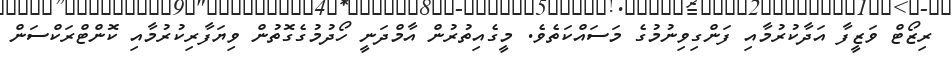
ރިޒޯޓް ވަޒީފާ އަދާކުރުމާއި ފަންގިވިނުމުގެ މަސައްކަތެވެ. މީގެއިތުރުން އާމްދަނީ ހޯދުމުގެގޮތުން ވިޔަފާރިކުރުމާއި ކޮންޓްރަކްސަން